Report of the Municipal Commissioner on the plague in Bombay for the year ending 31st May... - Volume 1
Disease focus: Plague
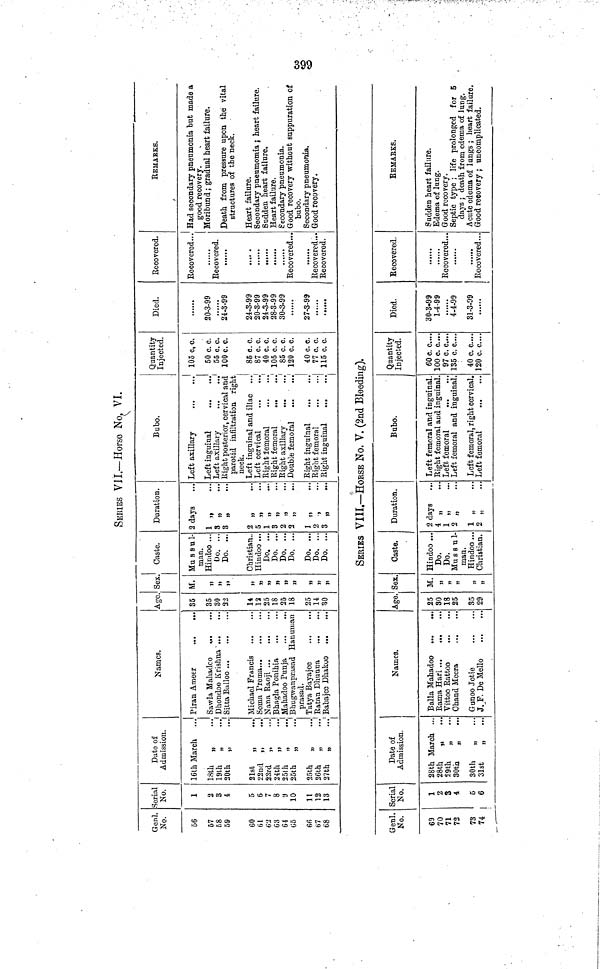
399
SERIES VIL—Horso No, VI,
Geni.
No.
56
67
f>8
59
60
61
6J
63
64
05
66
67
68
Serial
No.
1
2
8
Í
5
6
1
8
a
10
11
12
13
Date of
Admission.
16th March ...
18th
„ 91
19th
„
30th „
21sfc
„
22nd „
2.'5rd „
24th „
25th
„
25th
„
25th
„
26fch
„
27th „
Names.
Piran Ameer
Sawla Mahadco
·.
Dhondoo Krishna '
Sitta Bulloo ...
Michael Francis
Soma Trema
Nana Eaoji ...
Bhagla Ponihia
Mahadoo Punja
Bhugwanprusad Hanuuian
prasad.
Tatya Bayajee
Batan Dhunna
Babajee Dhakoo ...
Age.
85
35
SO
22
14
12
25
18
25
18
25
14
30
Sex.
M.
jj
))
»»
D
jj
u
»
»
!)
»
>J
)1
Caste.
Mu s s u 1-
man.
Hindoo ...
Do. ...
Do. ...
Christian-
Hindoo ...
Do. ...
Do. ...
Do. ...
Do. ...
Do. ...
Do. ...
Do. ...
Duration.
2 days
1 „
*t
3 „
3 ,,
2 „
5 „
1
3 ; ;
2 „
2 „
1 „
2 .,
3 „
Bubo.
Left axillary
Left inguinal
...
...
Left axillary
Eight posterior, cervical and
parotid infiltration right
neck.
Left inguinal and iliac ...
Left cervical
Bight femoral
Bight femoral
Bight axillary
Double femoral
.. ' ...
Eight inguinal
Bight femoral
Bight inguinal
Quantity
Injected.
105 c, c.
50 c. c.
55 c. c.
100 c. c.
85 c.C.
87 c. c.
40 c. c.
105 c. c.
85 c. c.
120 c.C.
40 c. C.
77 c. c.
115 c. c.
Died.
20-3-99
24-3-99
24-3-99
20-3-99
24-3-99
28-3-99
30-3-99
......
27-3-99
......
Becovered.
Becovercd...
Eecovered.
......
t
t
9
t
Becovered...
......
Becovered...
Becovered.
REMARKS.
Had secondary pneumonia but made a
good recovery.
Moribund ; gradual heart failure.
Death from pressure upon the vital
structures of the neck.
Heart failure.
Secondary pneumomia j heart failure.
Budden heart failure.
Heart failure.
Secondary pneumonia.
Good recovery without suppuration of
bubo.
Secondary pneumonia.
Good recovery.
SERIES VIII.—HORSE No. V. (2nd Bleeding).
Geni.
No.
69
70
71
72
73
74
Serial
No.
1
2
3
i
5
6
Date of
Admission.
28th March ...
28th
„
29th
„
30th
„
30th
„
31st
„
Names.
Baila Mahadoo ·
Bama Hari
Vittoo Battoo
Chand Meera
Gunoo Jotie
J. F. De Mello
Age.
25
30
18
25
35
29
Sex.
M.
D
n
D
J>
»
Caste.
Hindoo ...
Do.
Do.
Mu s s u 1-
man.
Hindoo ...
Christian.
Duration.
2 days
4 „
1 „
2 „
1 „
2 „
Bubo.
Left femoral and inguinal.
Eight femoral and inguinal.
Left· femoral
Left femoral and inguinal.
Left femoral, right cervical.
Left femoral
Quantity
Injected.
60 c. c....
100 c. c....
97 c. c....
135 c. c....
40 c. c....
120 c. c....
Died.
30-3-99
1-4-99
......
4-4-99
31-3-99
Becovered.
Becovered...
......
......
Becovered...
EEMABKS.
Sudden heart failure.
Edema of lung.
Good recovery.
Septic type ; life prolonged for 5
days ; death from edema of lung.
Acute edema of lungs ; heart failure.
Good recovery ; uncomplicated.